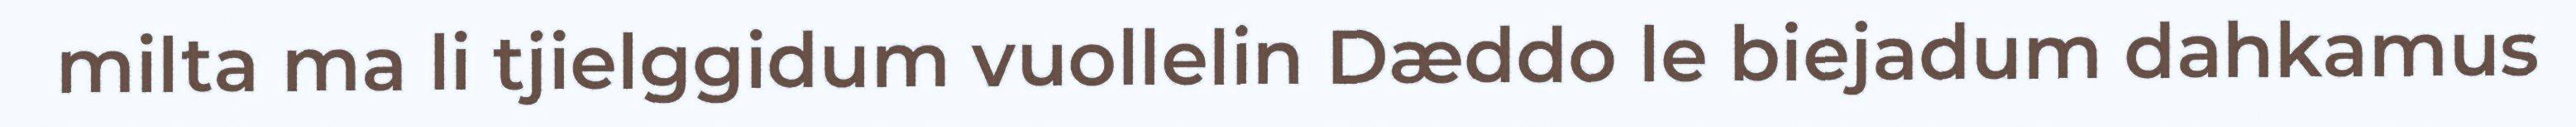
milta ma li tjielggidum vuollelin Dæddo le biejadum dahkamus